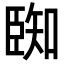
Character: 𮍑